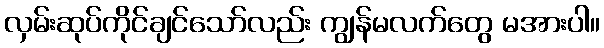
လှမ်းဆုပ်ကိုင်ချင်သော်လည်း ကျွန်မလက်တွေ မအားပါ။